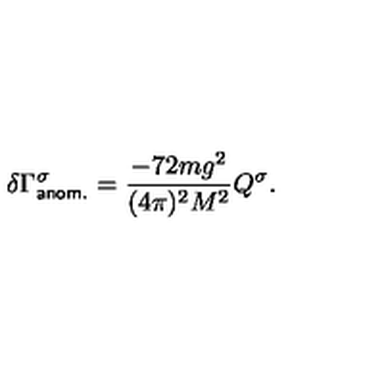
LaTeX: \delta \Gamma _ { \sf { a n o m . } } ^ { \sigma } = \frac { - 7 2 m g ^ { 2 } } { ( 4 \pi ) ^ { 2 } M ^ { 2 } } Q ^ { \sigma } .